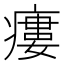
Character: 瘻